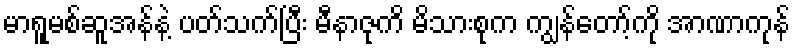
မာရူမစ်ဆူအန်နဲ့ ပတ်သက်ပြီး မီနာဇုကိ မိသားစုက ကျွန်တော့်ကို အာဏာကုန်